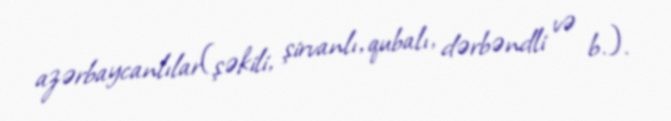
azərbaycanlılar(şəkili, şirvanlı, qubalı, dərbəndli və b.).